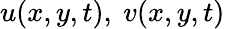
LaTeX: u(x,y,t),\ v(x,y,t)